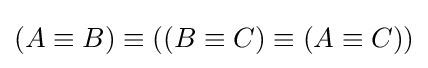
(A\equiv B)\equiv ((B\equiv C)\equiv (A\equiv C))